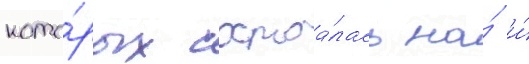
кото́рых состоа́лась на́ и́